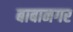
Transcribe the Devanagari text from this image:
बाबानगर